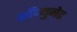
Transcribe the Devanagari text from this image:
काँज्युगेट